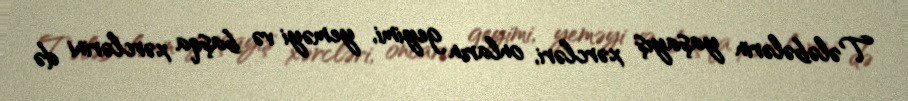
Tələbələrin yaşayış xərcləri, onların geyimi, yeməyi və başqa xərclərini də